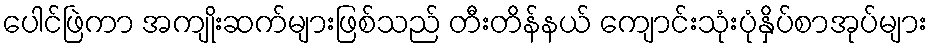
ပေါင်ဖြဲကာ အကျိုးဆက်များဖြစ်သည် တီးတိန်နယ် ကျောင်းသုံးပုံနှိပ်စာအုပ်များ